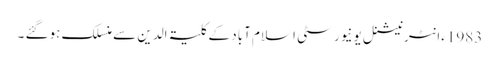
1983ءانٹرنیشنل یونیورسٹی اسلام آباد کے کلیۃ الدین سے منسلک ہوگئے ۔